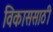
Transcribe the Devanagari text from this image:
विकाससाठी